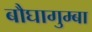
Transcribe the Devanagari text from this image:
बौघागुम्बा